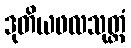
ဒုတိယဖလသုတ္တံ